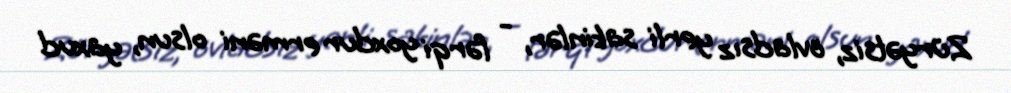
Züryətsiz, övladsız yerli sakinlər, - fərqi yoxdur erməni olsun, yaxud